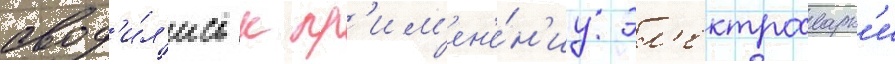
свод'и́л'ись к пр'им'ен'е́н'иу эл'ектросварк'и